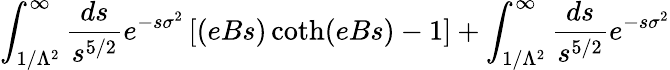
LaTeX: \int_{1/\Lambda^{2}}^{\infty}{\frac{ds}{s^{5/2}}}e^{-s\sigma^{2}}\left[(eBs)\coth(eBs)-1\right]+\int_{1/\Lambda^{2}}^{\infty}{\frac{ds}{s^{5/2}}}e^{-s\sigma^{2}}